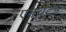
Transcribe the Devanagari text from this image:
एनचैंटेड